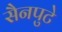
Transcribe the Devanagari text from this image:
सैनपुटे